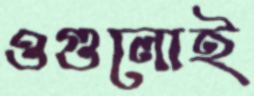
ওগুলোই